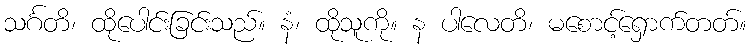
သင်္ဂတိ၊ ထိုပေါင်းခြင်းသည်။ နံ၊ ထိုသူကို။ န ပါလေတိ၊ မစောင့်ရှောက်တတ်။